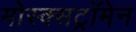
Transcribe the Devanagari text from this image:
मोस्क्सट्रॉमेन